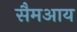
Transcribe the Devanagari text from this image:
सैमआय